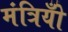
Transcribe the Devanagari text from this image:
मंत्रियोँ